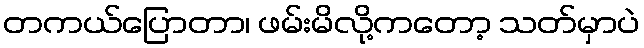
တကယ်ပြောတာ၊ ဖမ်းမိလို့ကတော့ သတ်မှာပဲ